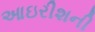
આઇરીશની